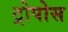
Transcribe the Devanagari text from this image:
ट्रोपोस